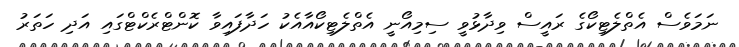
ނަމަވެސް އެތްލެޓިކޯގެ ރައީސް ވިދާޅުވީ ސިމިއޯނީ އެތްލެޓިކޯއާއެކު ހަދާފައިވާ ކޮންޓްރެކްޓްގައި އަދި ހަތަރު